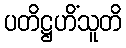
ပတိဋ္ဌဟိံသူတိ